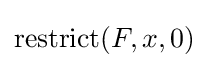
\operatorname {restrict} (F,x,0)